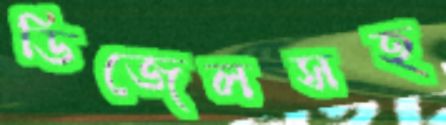
ডিজেলসহ